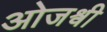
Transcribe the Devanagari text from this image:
ओजश्वी